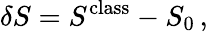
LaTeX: \delta S=S^{\mathrm{class}}-S_{0}\, ,